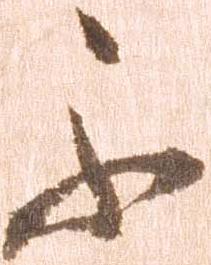
不